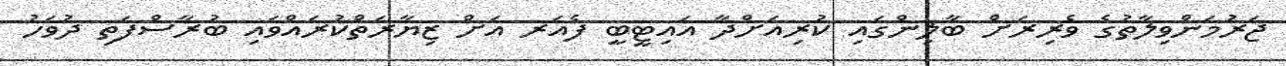
ޖަރުމަންވިލާތުގެ ވެރިރަށް ބާލިންގައި ކުރިއަށްދާ އައިޓީބީ ފެއަރ އަށް ޒިޔާރަތްކުރައްވައި ބުރާސްފަތި ދުވަހު